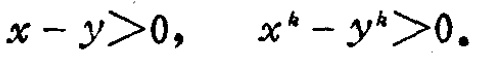
\(x - y>0, \quad x^{k} - y^{k}>0。\)